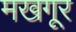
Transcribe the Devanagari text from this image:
मखगूर